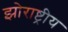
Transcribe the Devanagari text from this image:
झोराष्ट्रीय